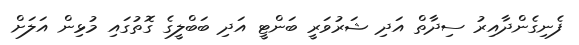
ފެނިގެންދާއިރު ސިދާތް އަދި ޝަރުވަރީ ބަންޓީ އަދި ބަބްލީގެ ގޮތުގައި މުޅިން އަލަށް